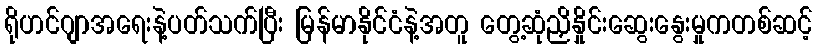
ရိုဟင်ဂျာအရေးနဲ့ပတ်သက်ပြီး မြန်မာနိုင်ငံနဲ့အတူ တွေ့ဆုံညှိနှိုင်းဆွေးနွေးမှုကတစ်ဆင့်